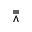
\doublebarwedge